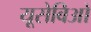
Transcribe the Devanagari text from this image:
यूसेबिओ